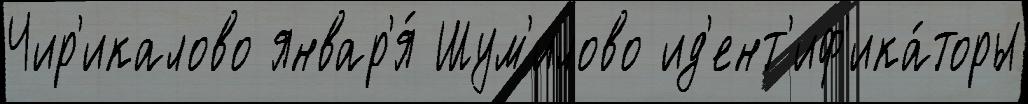
Чир'икалово январ'я́ Шум'илово ид'ент'иф'ика́торы